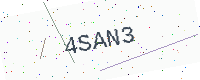
Text: 4SAN3